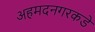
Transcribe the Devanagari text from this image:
अहमदनगरकडे